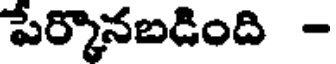
పేర్కొనబడింది -